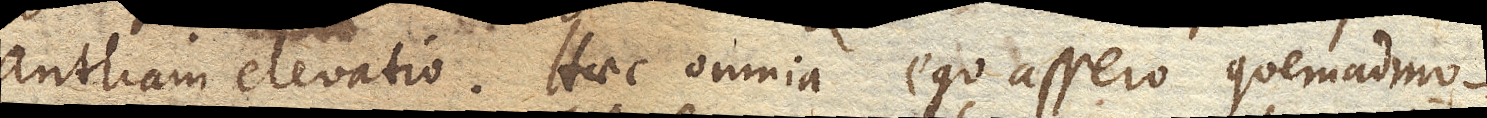
antliam elevatio. Haec omnia ego assero quemadmo–